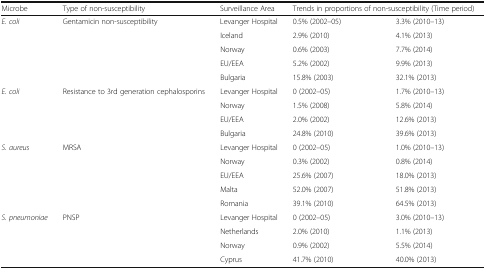
<table><thead><tr><td><b>Microbe</b></td><td><b>Type of non-susceptibility</b></td><td><b>Surveillance Area</b></td><td colspan="2"><b>Trends in proportions of non-susceptibility (Time period)</b></td></tr></thead><tbody><tr><td rowspan="5"><i>E. coli</i></td><td rowspan="5">Gentamicin non-susceptibility</td><td>Levanger Hospital</td><td>0.5% (2002–05)</td><td>3.3% (2010–13)</td></tr><tr><td>Iceland</td><td>2.9% (2010)</td><td>4.1% (2013)</td></tr><tr><td>Norway</td><td>0.6% (2003)</td><td>7.7% (2014)</td></tr><tr><td>EU/EEA</td><td>5.2% (2002)</td><td>9.9% (2013)</td></tr><tr><td>Bulgaria</td><td>15.8% (2003)</td><td>32.1% (2013)</td></tr><tr><td rowspan="4"><i>E. coli</i></td><td rowspan="4">Resistance to 3rd generation cephalosporins</td><td>Levanger Hospital</td><td>0 (2002–05)</td><td>1.7% (2010–13)</td></tr><tr><td>Norway</td><td>1.5% (2008)</td><td>5.8% (2014)</td></tr><tr><td>EU/EEA</td><td>2.0% (2002)</td><td>12.6% (2013)</td></tr><tr><td>Bulgaria</td><td>24.8% (2010)</td><td>39.6% (2013)</td></tr><tr><td rowspan="5"><i>S. aureus</i></td><td rowspan="5">MRSA</td><td>Levanger Hospital</td><td>0 (2002–05)</td><td>1.0% (2010–13)</td></tr><tr><td>Norway</td><td>0.3% (2002)</td><td>0.8% (2014)</td></tr><tr><td>EU/EEA</td><td>25.6% (2007)</td><td>18.0% (2013)</td></tr><tr><td>Malta</td><td>52.0% (2007)</td><td>51.8% (2013)</td></tr><tr><td>Romania</td><td>39.1% (2010)</td><td>64.5% (2013)</td></tr><tr><td rowspan="4"><i>S. pneumoniae</i></td><td rowspan="4">PNSP</td><td>Levanger Hospital</td><td>0 (2002–05)</td><td>3.0% (2010–13)</td></tr><tr><td>Netherlands</td><td>2.0% (2010)</td><td>1.1% (2013)</td></tr><tr><td>Norway</td><td>0.9% (2002)</td><td>5.5% (2014)</td></tr><tr><td>Cyprus</td><td>41.7% (2010)</td><td>40.0% (2013)</td></tr></tbody></table>